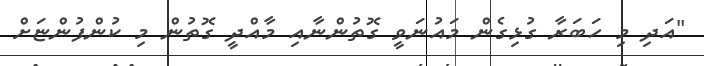
"އަދި މި ހަބަރާ ގުޅިގެން މައުނަވީ ގޮތުންނާއި މާއްދީ ގޮތުން މި ކުންފުންޏަށް